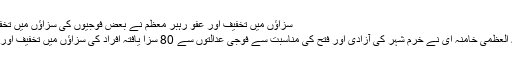
سزاؤں میں تخفیف اور عفو رہبر معظم نے بعض فوجیوں کی سزاؤں میں تخفیف اور عفو کی درخواست سےموافقت کی
رہبر معظم انقلاب اسلامی حضرت آیت اللہ العظمی خامنہ ای نے خرم شہر کی آزادی اور فتح کی مناسبت سے فوجی عدالتوں سے 80 سزا یافتہ افراد کی سزاؤں میں تخفیف اور بخشش کی درخواست سےموافقت کی ہے۔